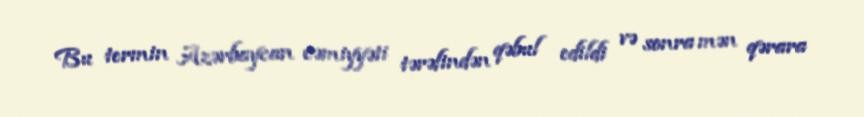
Bu termin Azərbaycan cəmiyyəti tərəfindən qəbul edildi və sonra mən qərara